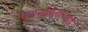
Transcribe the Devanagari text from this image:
पायराझिनामाईड